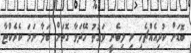
ބޮޑަށް ކުދިއެއްޗެހި މި ލިބެނީ ވަގުތު ހޭދަވާ ގޮތަށް ބަލާ ނަމަ ކެރެކްޓާ